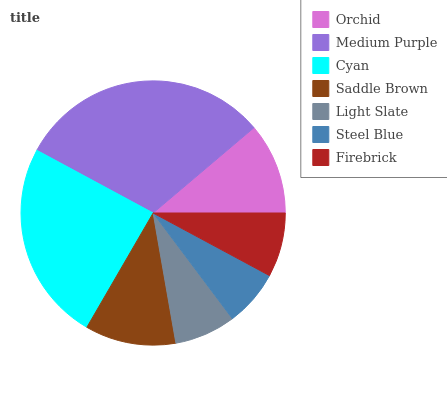
| Orchid | Medium Purple | Cyan | Saddle Brown | Light Slate | Steel Blue | Firebrick |
 | --- | --- | --- | --- | --- | --- | --- |
 | 11.2% | 30.9% | 24.5% | 11.1% | 7.5% | 6.91% | 7.87% |